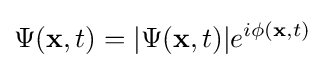
\Psi (\mathbf {x} ,t)=|\Psi (\mathbf {x} ,t)|e^{i\phi (\mathbf {x} ,t)}